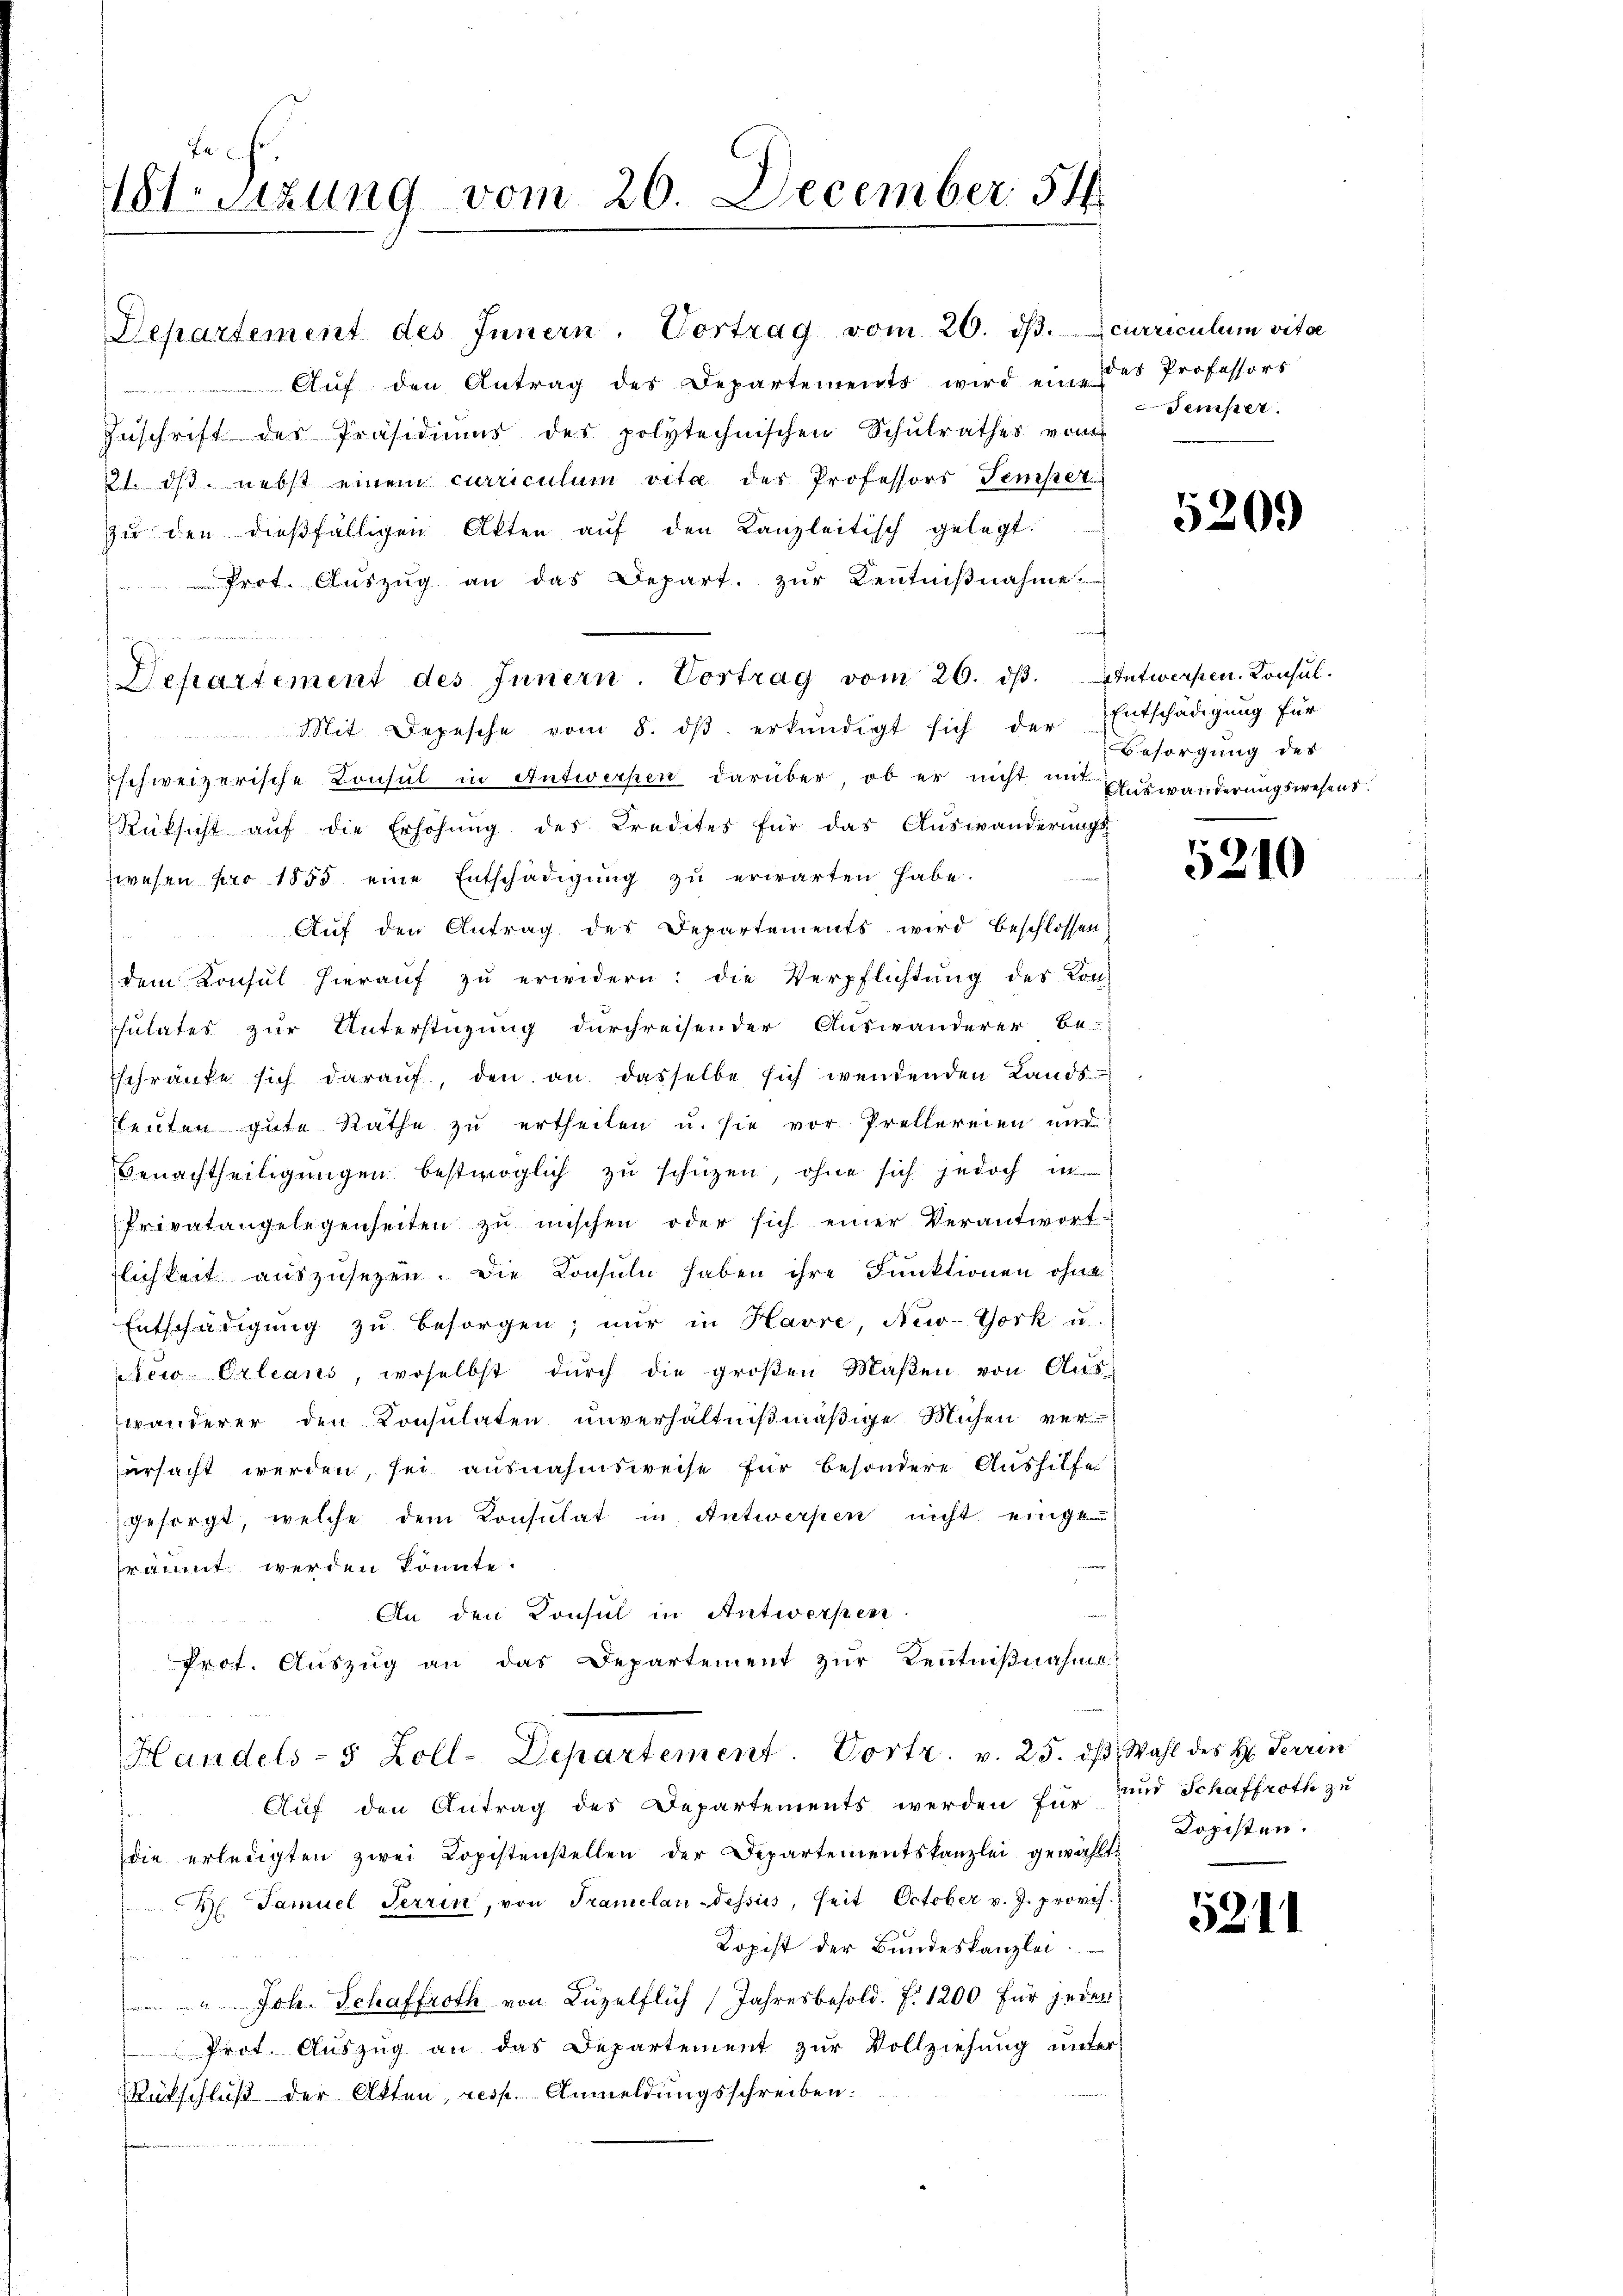
Fe
181 sizung vom 26. December 54.

Aŭf den Antrag des Departements wird eine das Professors
Zuschrift der Präsidiums des polytechnischen Schulrathes vom
21. dβ. nebst einem curriculum vita der Professors Temper
zu den dießfälligen Akten aŭf den Kanzleitisch gelegt.
Prot. Auszug an das Depart. zur Kenntnißnahme
 Mit Depesche vom 8. dβ erkundigt sich der Entschädigung für
schweizerische Consul in Antwerken darüber, ob er nicht mit Auswanderungswesens.
Rüksicht auf die Erhöhŭng des Credites für das Auswanderungs-
wesen pro 1855 eine Entschädigŭng zŭ erwarten habe.
Auf den Antrag des Departements wird beschlossen
dem Konsŭl hieraŭf zŭ erwidern: die Verpflichtŭng des Kon-
sulates zur Unterstüzung durchreisender Auswanderer be-
sschränke sich darauf, den an. dasselbe sich wendenden Lands
Leuten gute Räthe zu ertheilen u. sie vor Prellereien und
Benachtheiligungen bestmöglich zu schützen, ohne sich jedoch in
Privatangelegenheiten zu mischen oder sich einer Verantwort-
lichkeit auszusetzen. Die Consuln haben ihre Funktionen ohne
Entschädigŭng zŭ besorgen; nur in Havre, New-York u.
ew-Orleans, woselbst dŭrch die groβen Maβen von Aus-
wänderer den Konsulaten unverhältnißmäßige Michen verursacht werden, sei ausnahmsweise für besondere Aushilfe
gesorgt, welche dem Konsulat in Antwerpen nicht eingefräumet werden könnte.
An den Konsul in Antwerpen
Prot. Aŭszŭg an das Departement zŭr Kenntniβnahme
Handels- 5 Zoll-Departement. Vortr. v. 25. dβ, Wahl des H. Terrin
Auf den Antrag des Departements werden für und Schaffroth zu
die erledigten zwei Kopistenstellen der Departementskanzlei gewählt.
Hl. Samuel Terrin, von Tramelan-dessus, heit October v. J. provis.
Kopist der Bundeskanzlei.
 " Joh. Schaffroth von Luzelflich (Jahresbesold. f. 1200 für jeden
Prot. Auszug an das Departement zur Vollziehung unter
Rückschluß der Akten, resp. Anmeldungsschreiben.

Departement des Innern. Vortrag vom 20. dβ. Entwerpen. Konsul

Departement des Innern. Vortrag vom 20. dβ. curriculum vitae

Temper.

5209

f
Besorgung des

5210

Kopisten.

5211